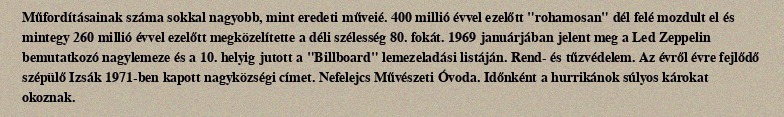
Műfordításainak száma sokkal nagyobb, mint eredeti műveié. 400 millió évvel ezelőtt "rohamosan" dél felé mozdult el és mintegy 260 millió évvel ezelőtt megközelítette a déli szélesség 80. fokát. 1969 januárjában jelent meg a Led Zeppelin bemutatkozó nagylemeze és a 10. helyig jutott a "Billboard" lemezeladási listáján. Rend- és tűzvédelem. Az évről évre fejlődő szépülő Izsák 1971-ben kapott nagyközségi címet. Nefelejcs Művészeti Óvoda. Időnként a hurrikánok súlyos károkat okoznak.